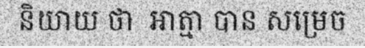
និយាយ ថា  ឤត្មា បាន សម្រេច